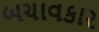
બચાવકાર